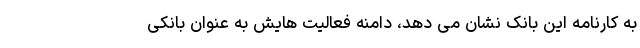
به کارنامه این بانک نشان می دهد، دامنه فعالیت هایش به عنوان بانکی